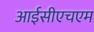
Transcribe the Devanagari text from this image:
आईसीएचएम